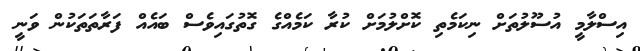
އިސްލާމީ އުސޫލުތަށް ނިކަމެތި ކޮށްލުމަށް ކުރާ ކަމެއްގެ ގޮތުގައިވެސް ބައެއް ފަރާތަތަކުން ވަނީ